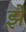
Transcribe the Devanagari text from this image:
झ़े